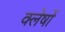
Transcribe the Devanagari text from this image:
क्लेषों